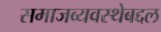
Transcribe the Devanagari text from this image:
समाजव्यवस्थेबद्दल